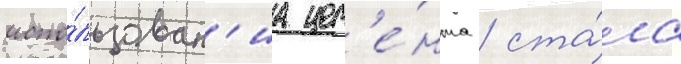
испо́льзован'иа цем'е́нта / ста́ла